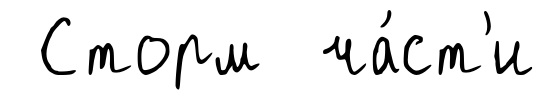
Сторм ча́ст'и